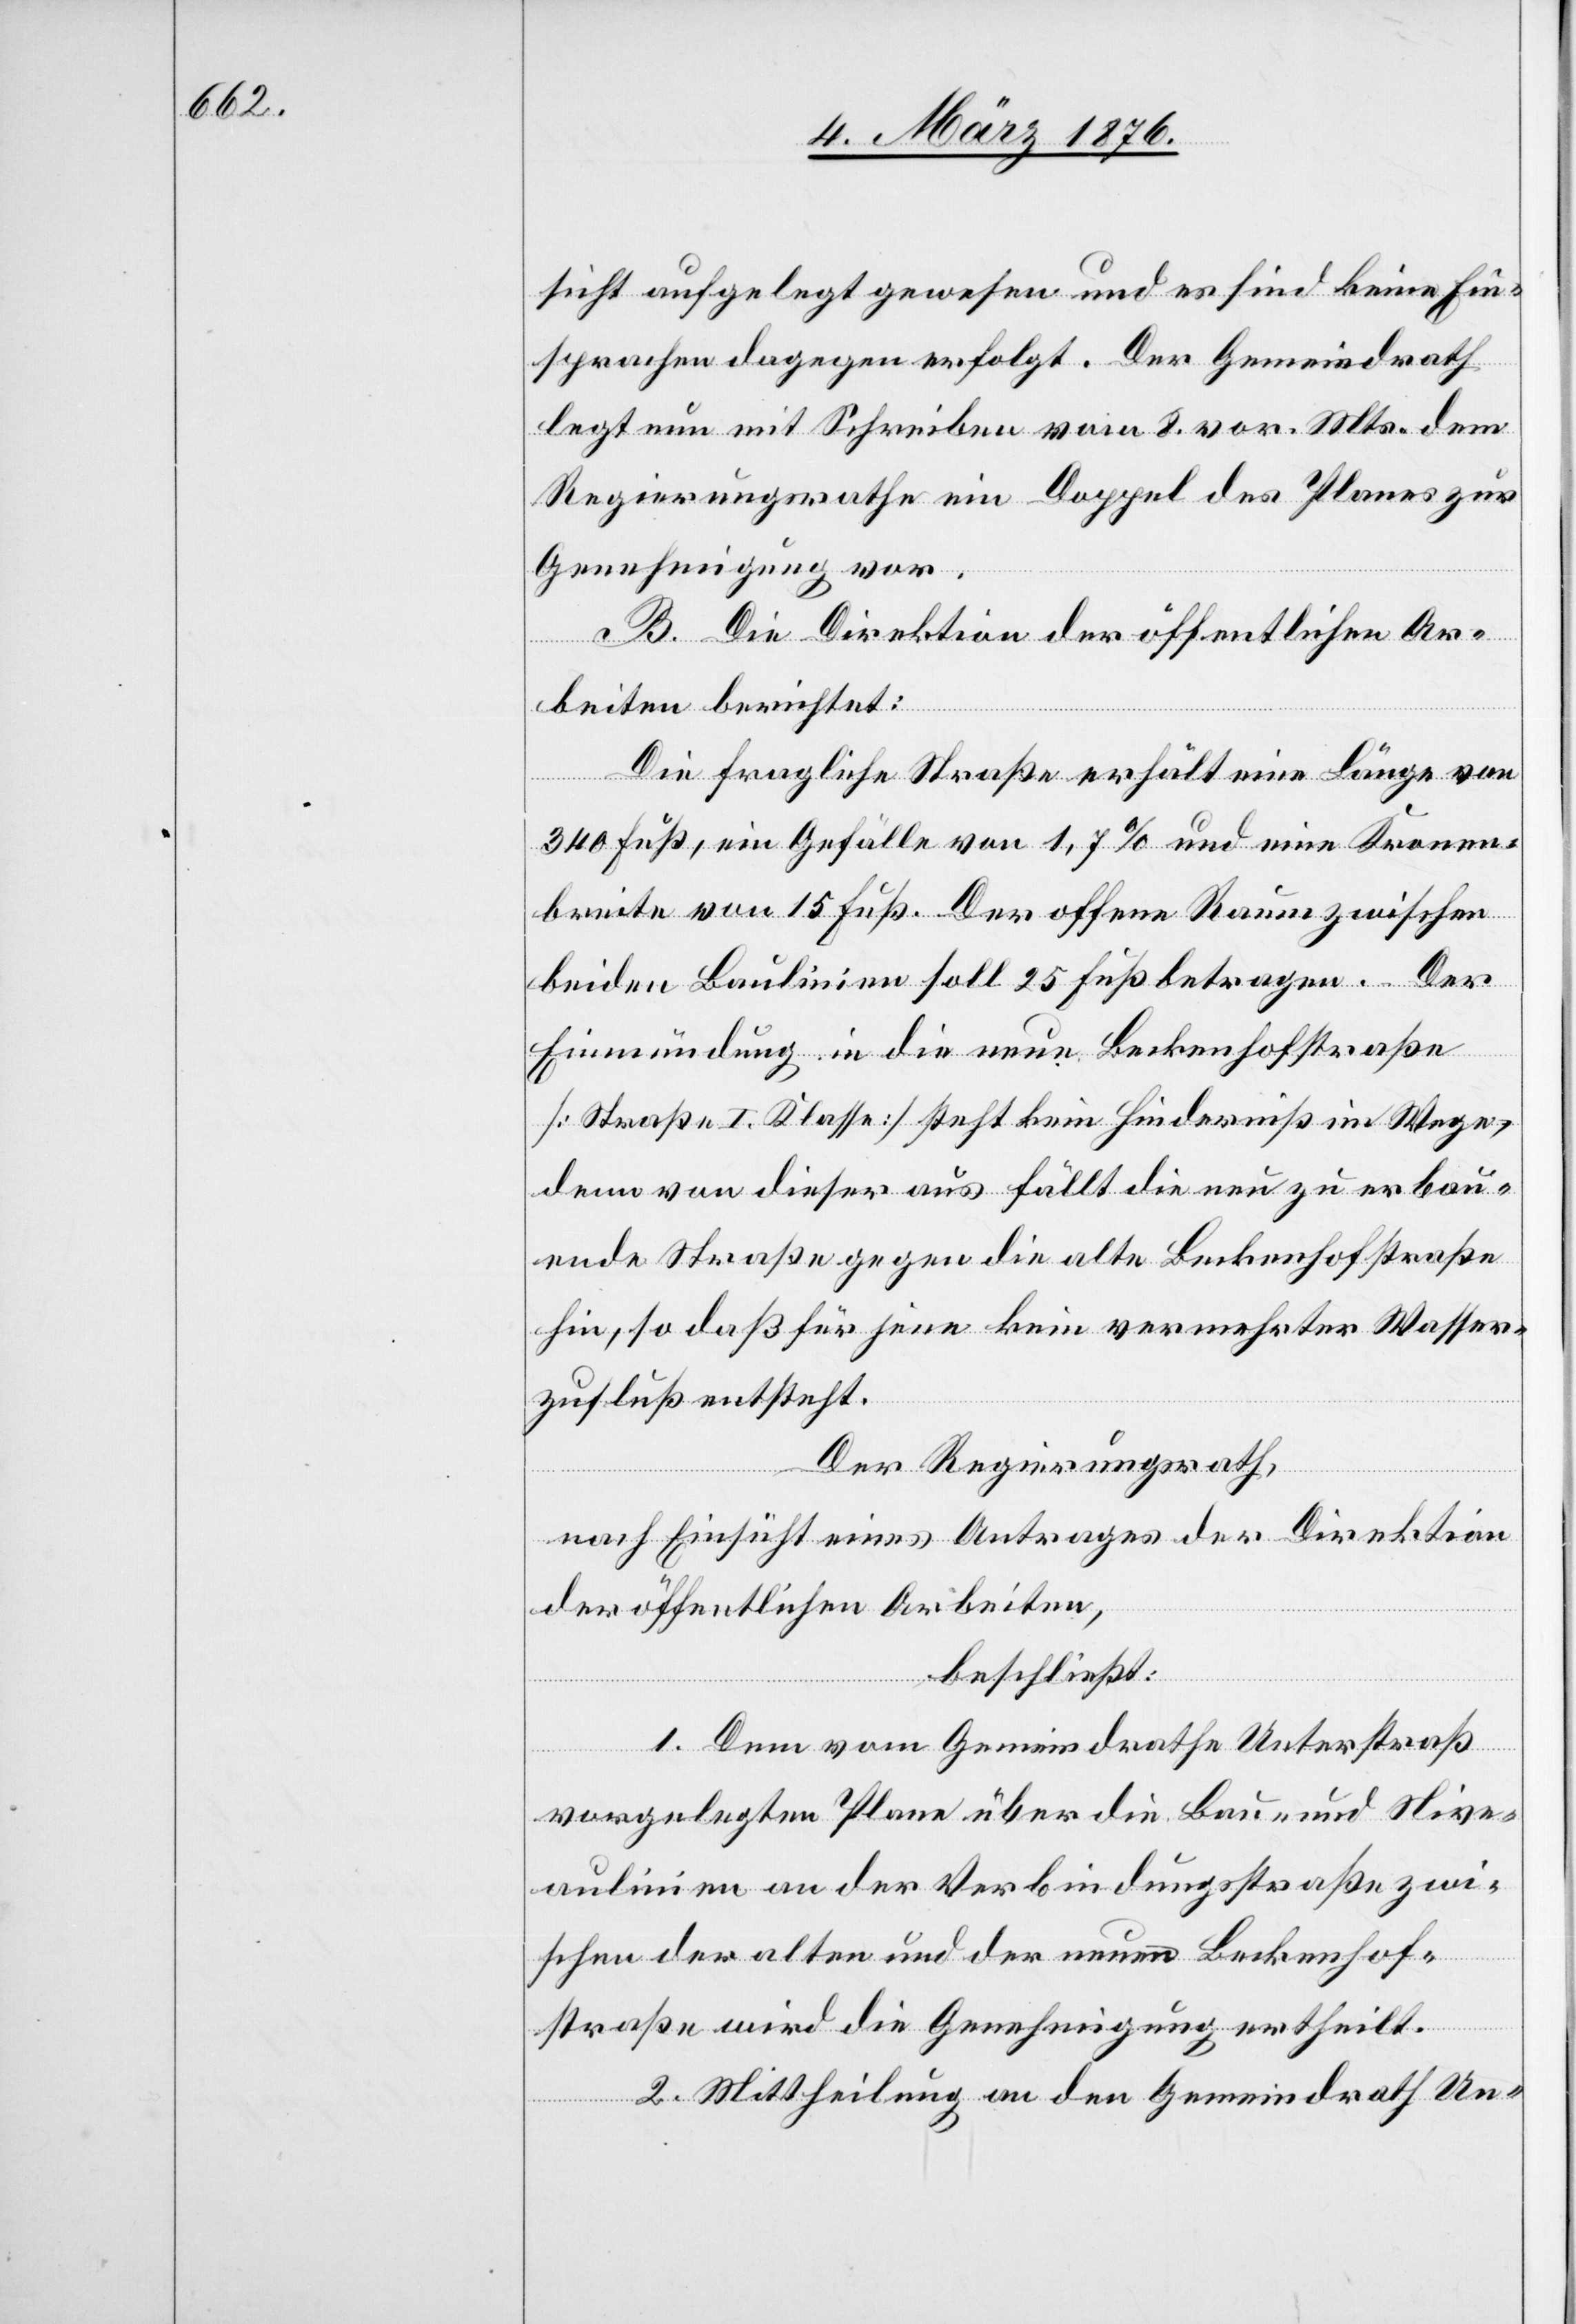
sicht aufgelegt gewesen und es sind keine Ein¬
sprachen dagegen erfolgt. Der Gemeindrath
legt nun mit Schreiben vom 8. vor. Mts. dem
Regierungsrathe ein Doppel des Planes zur
Genehmigung vor.
B. Die Direktion der öffentlichen Ar¬
beiten berichtet:
Die fragliche Straße erhält eine Länge von
340 Fuß, ein Gefälle von 1,7 % und eine Kronen¬
breite von 15 Fuß. Der offene Raum zwischen
beiden Baulinien soll 25 Fuß betragen. Der
Einmündung in die neue Beckenhofstraße
[Straße I. Klasse] steht kein Hinderniß im Wege,
denn von dieser aus fällt die nun zu erbau¬
ende Straße gegen die alte Beckenhofstraße
hin, so daß für jene kein vermerkter Wasser¬
zufluß entsteht.
Der Regierungsrath,
nach Einsicht eines Antrages der Direktion
der öffentlichen Arbeiten,
beschließt:
1. Dem vom Gemeindrathe Unterstraß
vorgelegten Plane über die Bau- und Nive¬
aulinien an der Verbindungsstraße zwi¬
schen der alten und der neuen Beckenhof¬
straße wird die Genehmigung ertheilt.
2. Mittheilung an den Gemeindrath Un-